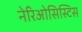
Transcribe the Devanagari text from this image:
नेरिओसिस्टिस